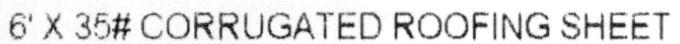
6' X 35# CORRUGATED ROOFING SHEET